Distribution and causation of leprosy in British India
Year: 1875
Disease focus: Leprosy
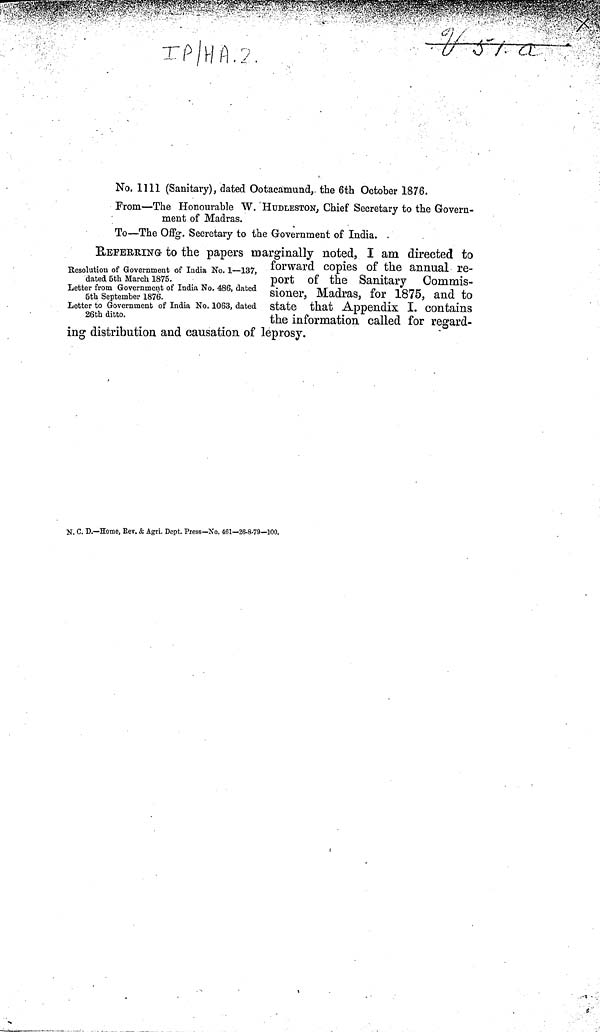
No. 1111 (Sanitary), dated Ootacamund, the 6th October 1876.
From—The Honourable W. HÜDLESTON, Chief Secretary to the Govern-
ment of Madras.
To—The Offg. Secretary to the Government of India.
Resolution of Government of India No. 1—137,
dated 5th March 1875.
Letter from Government of India No. 486, dated
5th September 1876.
Letter to Government of India No. 1063, dated
26th ditto.
REFERRING- to the papers marginally noted, I am directed to
forward copies of the annual re-
port of the Sanitary Commis-
sioner, Madras, for 1875, and to
state that Appendix I. contains
the information called for regard-
ing distribution and causation of leprosy.
N. C. D.—Home, Kev. & Agri. Dept. Press—No. 461—26-8-79—100.